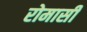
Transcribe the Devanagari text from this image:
रोमासी